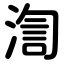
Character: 渹